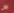
الآن